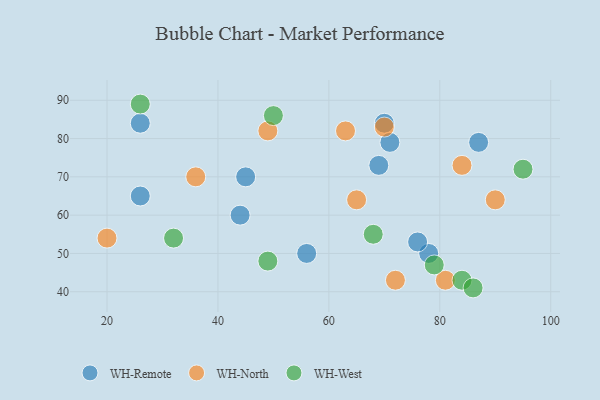
{"axis": {"x": "GDP", "y": "Life Expectancy"}, "legend": ["WH-North", "WH-Remote", "WH-West"], "data": [{"x": "78", "y": 50, "type": "WH-Remote"}, {"x": "69", "y": 73, "type": "WH-Remote"}, {"x": "70", "y": 84, "type": "WH-Remote"}, {"x": "26", "y": 84, "type": "WH-Remote"}, {"x": "26", "y": 65, "type": "WH-Remote"}, {"x": "76", "y": 53, "type": "WH-Remote"}, {"x": "56", "y": 50, "type": "WH-Remote"}, {"x": "45", "y": 70, "type": "WH-Remote"}, {"x": "71", "y": 79, "type": "WH-Remote"}, {"x": "44", "y": 60, "type": "WH-Remote"}, {"x": "87", "y": 79, "type": "WH-Remote"}, {"x": "84", "y": 73, "type": "WH-North"}, {"x": "20", "y": 54, "type": "WH-North"}, {"x": "81", "y": 43, "type": "WH-North"}, {"x": "72", "y": 43, "type": "WH-North"}, {"x": "70", "y": 83, "type": "WH-North"}, {"x": "49", "y": 82, "type": "WH-North"}, {"x": "65", "y": 64, "type": "WH-North"}, {"x": "63", "y": 82, "type": "WH-North"}, {"x": "36", "y": 70, "type": "WH-North"}, {"x": "90", "y": 64, "type": "WH-North"}, {"x": "49", "y": 48, "type": "WH-West"}, {"x": "84", "y": 43, "type": "WH-West"}, {"x": "79", "y": 47, "type": "WH-West"}, {"x": "86", "y": 41, "type": "WH-West"}, {"x": "26", "y": 89, "type": "WH-West"}, {"x": "68", "y": 55, "type": "WH-West"}, {"x": "32", "y": 54, "type": "WH-West"}, {"x": "50", "y": 86, "type": "WH-West"}, {"x": "95", "y": 72, "type": "WH-West"}]}